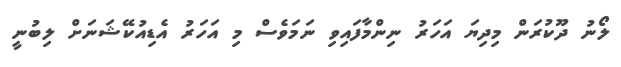
ލޯނު ދޫކުރަން މިދިޔަ އަހަރު ނިންމާފައިވި ނަމަވެސް މި އަހަރު އެޑިއުކޭޝަނަށް ލިބުނީ